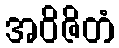
အဝိဇိတံ